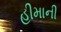
હીમાની